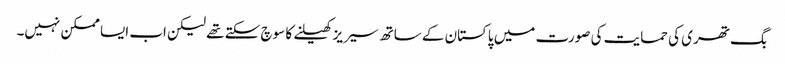
بگ تھری کی حمایت کی صورت میں پاکستان کے ساتھ سیریز کھیلنے کا سوچ سکتے تھے لیکن اب ایسا ممکن نہیں۔